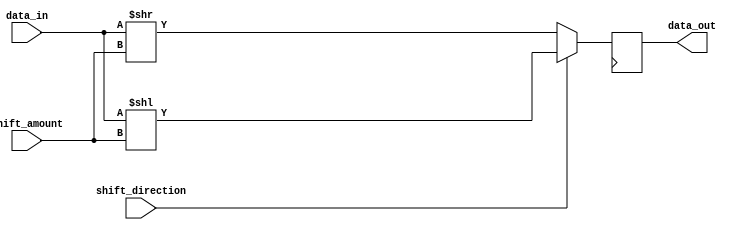
module barrel_shifter (
    input [31:0] data_in,
    input [4:0] shift_amount,
    input shift_direction,
    output reg [31:0] data_out
);

reg [31:0] temp_data;

always @(*) begin
    if (shift_direction == 0) begin // Right shift
        temp_data = data_in >> shift_amount;
    end else begin // Left shift
        temp_data = data_in << shift_amount;
    end
end

always @(posedge clk) begin
    data_out <= temp_data;
end

endmodule